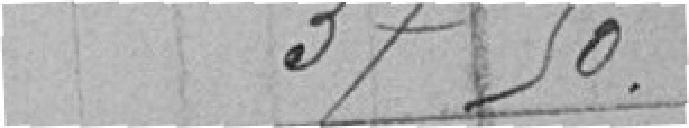
37.50